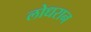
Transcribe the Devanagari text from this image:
लोधरान